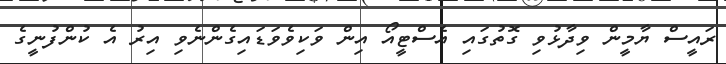
ރައީސް ޔާމީން ވިދާޅުވި ގޮތުގައި އެސްޓީއޯ އިން ވަކިވެވަޑައިގެންނެވި އިރު އެ ކުންފުނީގެ